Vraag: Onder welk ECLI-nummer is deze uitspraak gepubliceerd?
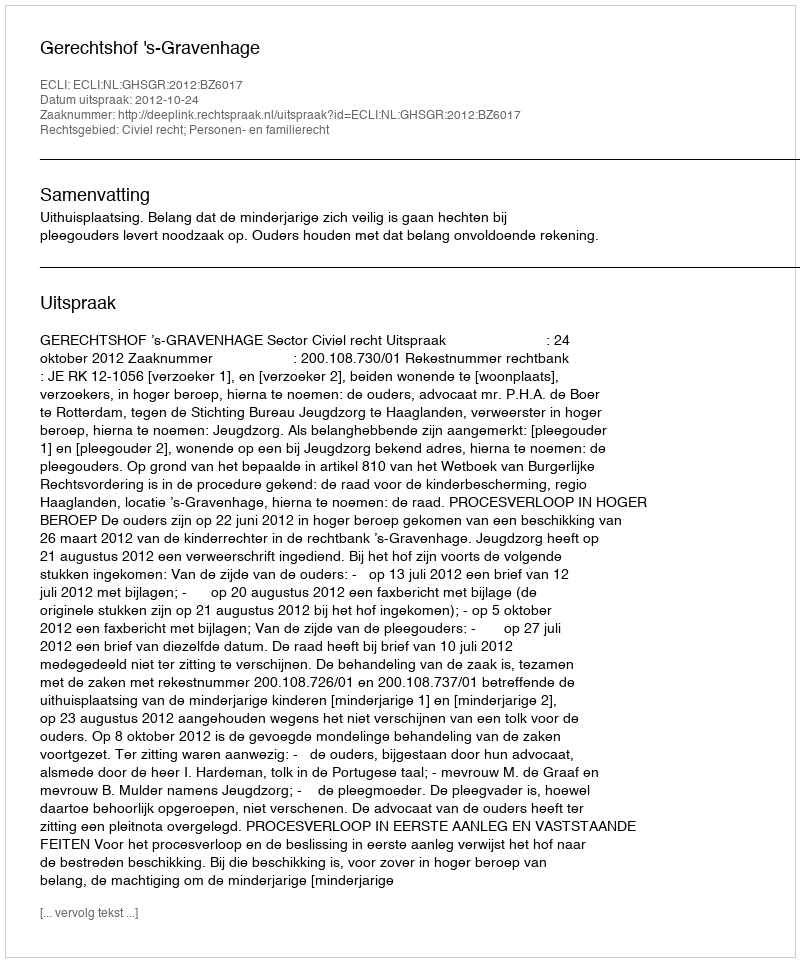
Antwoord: ECLI:NL:GHSGR:2012:BZ6017